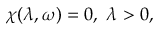
\chi ( \lambda , \omega ) = 0 , ~ \lambda > 0 ,